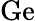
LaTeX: \mathrm{Ge}